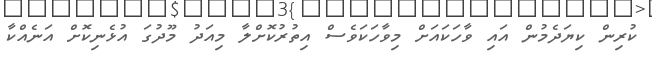
ކުރިން ކިޔަދެމުން އައި ވާހަކައަށް މިވާހަކަވެސް އިތުރުކޮށްލާ މިއަދު މޫދުގަ އުޅެނިކޮށް އަނެއްކާ